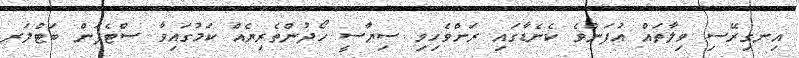
އިނގިރޭސި ވިލާތައް އުފަންވެ ކެނެޑާގައި ރަށްވެހިވި ސިޔާސީ ހޯދުންތެރިޔެއް ކަމުގައިވާ ސްޓެފަން ބަޓްލަރ